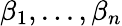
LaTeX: \beta_{1},...,\beta_{n}